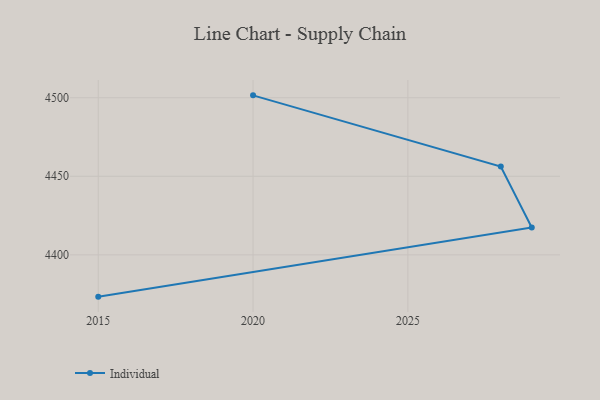
{"axis": {"x": "Year", "y": "Conversion Rate (%)"}, "legend": ["Individual"], "data": [{"x": "2015", "y": 4373.4, "type": "Individual"}, {"x": "2029", "y": 4417.4, "type": "Individual"}, {"x": "2028", "y": 4456.2, "type": "Individual"}, {"x": "2020", "y": 4501.5, "type": "Individual"}]}